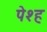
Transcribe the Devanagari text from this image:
पेश्ह